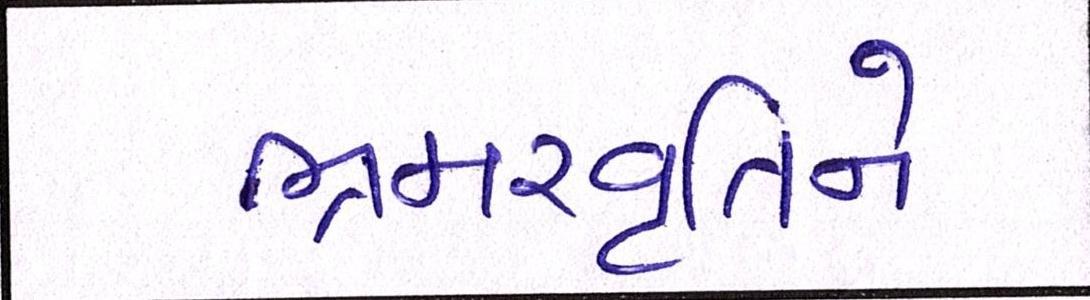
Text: ભ્રમરવૃતિને